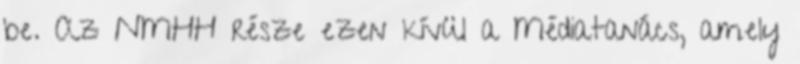
be. Az NMHH része ezen kívül a Médiatanács, amely